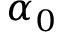
\alpha _ { 0 }